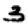
Digit: 3